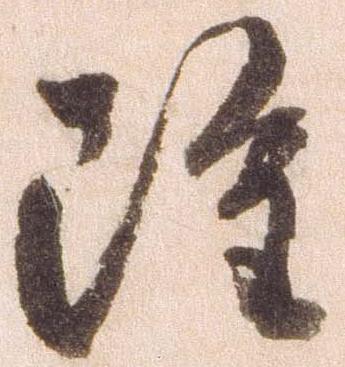
雖